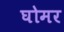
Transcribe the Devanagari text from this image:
घोमर